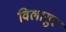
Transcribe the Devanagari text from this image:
विलासुर